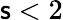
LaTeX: \mathsf{s}<2